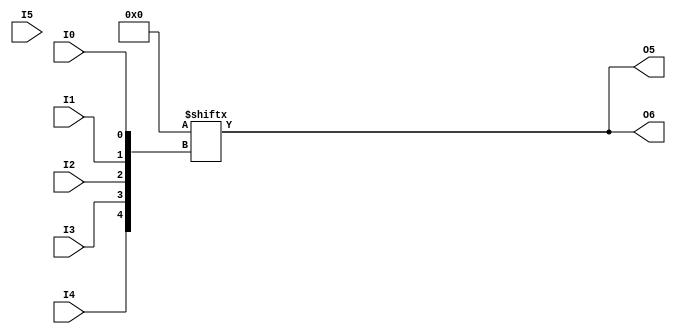
// $Header: /devl/xcs/repo/env/Databases/CAEInterfaces/xec_libs/data/unisims/LUT6_2.v,v 1.5 2010/08/25 19:09:20 vandanad Exp $
///////////////////////////////////////////////////////////////////////////////
// Copyright (c) 1995/2004 Xilinx, Inc.
// All Right Reserved.
///////////////////////////////////////////////////////////////////////////////
//   ____  ____
//  /   /\/   /
// /___/  \  /    Vendor : Xilinx
// \   \   \/     Version : 10.1
//  \   \         Description : Xilinx Formal Library Component
//  /   /                  6-input Look-Up-Table with Two General Outputs
// /___/   /\     Filename : LUT6_2.v
// \   \  /  \    Timestamp : 
//  \___\/\___\
//
// Revision:
//    11/12/07 - Initial version.
// End Revision

`timescale  1 ps / 1 ps


module LUT6_2 (O5, O6, I0, I1, I2, I3, I4, I5);

  parameter INIT = 64'h0000000000000000;

  input I0, I1, I2, I3, I4, I5;

  output O5, O6;
  wire O_l, O_h;
  wire [63:0] init_reg;
  wire [31:0] init_l, init_h;

   assign init_reg = INIT;
   assign  init_l = init_reg[31:0];
   assign  init_h = init_reg[63:32];

   assign O5 = O_l;
   assign O6 = I5 ? O_h : O_l;

   assign O_l = init_l[{I4, I3, I2, I1, I0}];
   assign O_h = init_h[{I4, I3, I2, I1, I0}];

endmodule